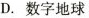
D. 数字地球